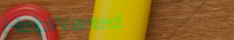
HelpWanted